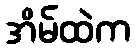
အိမ်ထဲက